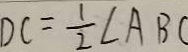
D C = \frac { 1 } { 2 } \angle A B C